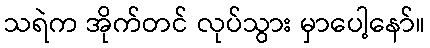
သရဲက အိုက်တင် လုပ်သွား မှာပေါ့နော်။